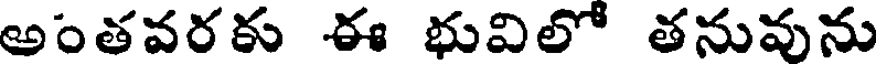
అంతవరకు ఈ భువిలో తనువును